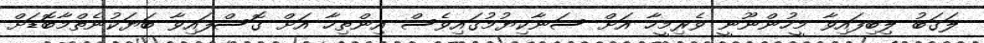
ލަގަބު ލިބިފައިވާ މީހުންނޫނީ ވެރިމީހާ އަށް ސަނާކިޔުމުގައިވެސް އިންތިހާ އަށް ގޮސްފައިވާ ބަޔަކުނެތްމާބޮޑަށް